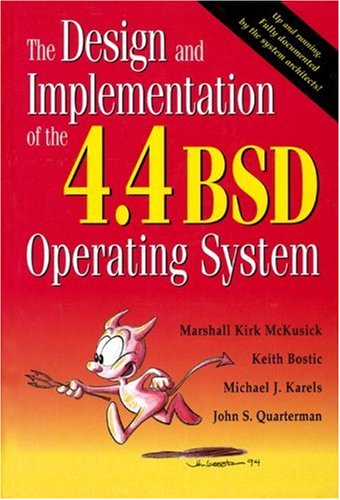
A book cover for The Design and Implementation of the 4.4 BSD Operating System; Marshall Kirk McKusick; Computers & Technology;